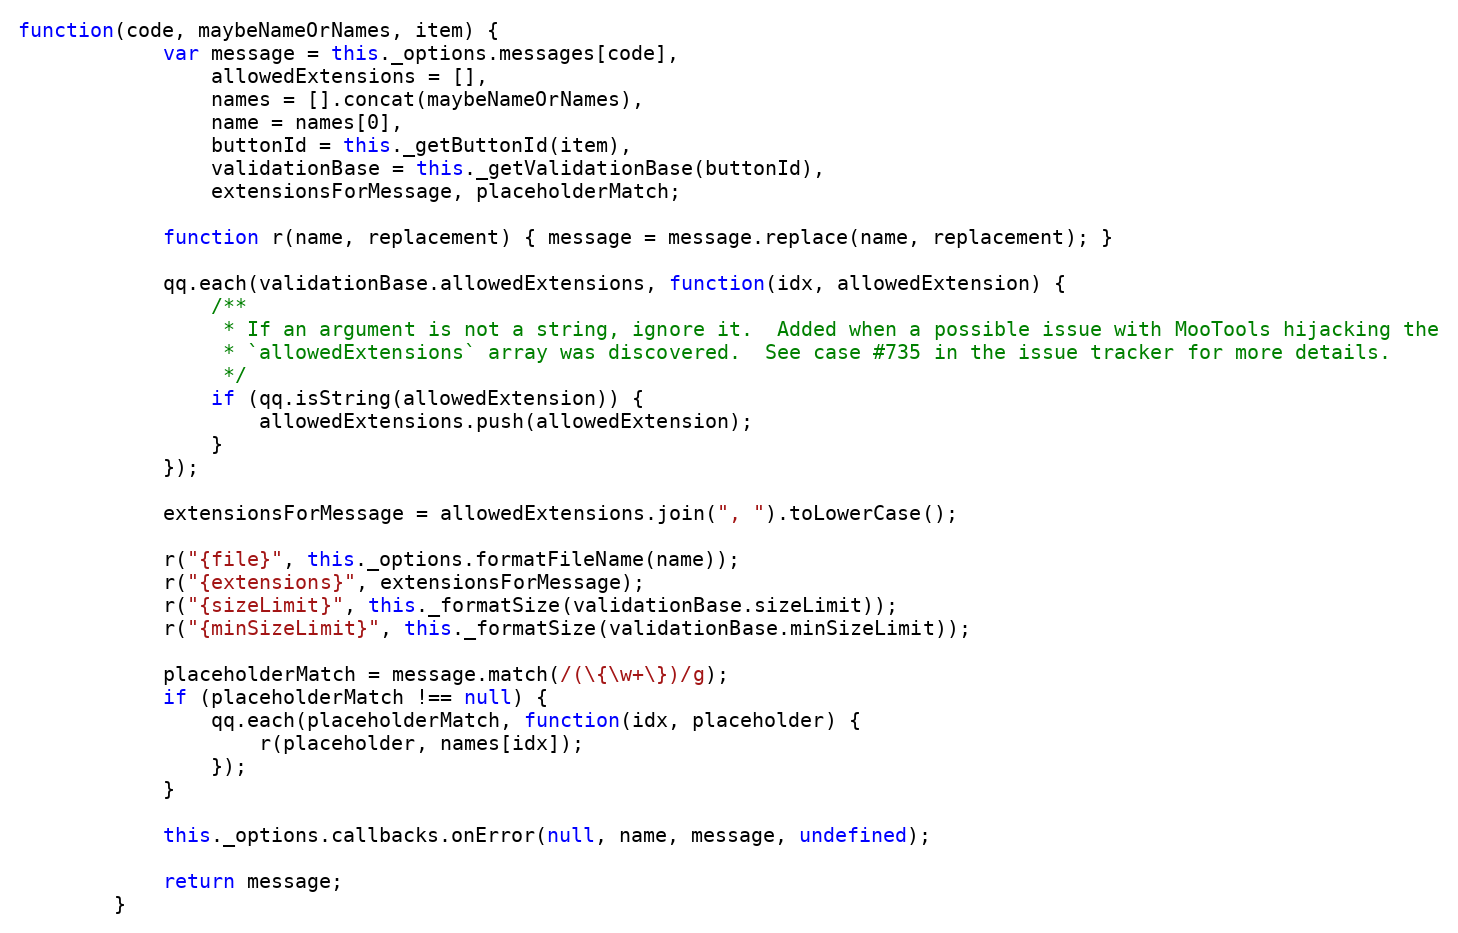
Language: JavaScript
function(code, maybeNameOrNames, item) {
            var message = this._options.messages[code],
                allowedExtensions = [],
                names = [].concat(maybeNameOrNames),
                name = names[0],
                buttonId = this._getButtonId(item),
                validationBase = this._getValidationBase(buttonId),
                extensionsForMessage, placeholderMatch;

            function r(name, replacement) { message = message.replace(name, replacement); }

            qq.each(validationBase.allowedExtensions, function(idx, allowedExtension) {
                /**
                 * If an argument is not a string, ignore it.  Added when a possible issue with MooTools hijacking the
                 * `allowedExtensions` array was discovered.  See case #735 in the issue tracker for more details.
                 */
                if (qq.isString(allowedExtension)) {
                    allowedExtensions.push(allowedExtension);
                }
            });

            extensionsForMessage = allowedExtensions.join(", ").toLowerCase();

            r("{file}", this._options.formatFileName(name));
            r("{extensions}", extensionsForMessage);
            r("{sizeLimit}", this._formatSize(validationBase.sizeLimit));
            r("{minSizeLimit}", this._formatSize(validationBase.minSizeLimit));

            placeholderMatch = message.match(/(\{\w+\})/g);
            if (placeholderMatch !== null) {
                qq.each(placeholderMatch, function(idx, placeholder) {
                    r(placeholder, names[idx]);
                });
            }

            this._options.callbacks.onError(null, name, message, undefined);

            return message;
        }